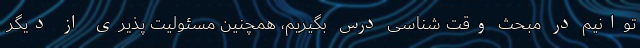
توانیم در مبحث وقت شناسی درس بگیریم، همچنین مسئولیت پذیری از دیگر